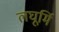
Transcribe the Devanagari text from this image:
लघूर्मि